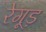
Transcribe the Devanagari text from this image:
रेगूड़